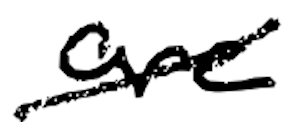
Text: are
Cross-out: diagonal
Writing tool: digital_black